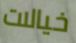
خيالات